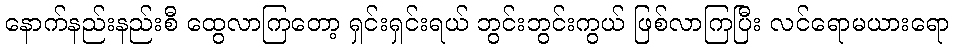
နောက်နည်းနည်းစီ ထွေလာကြတော့ ရှင်းရှင်းရယ် ဘွင်းဘွင်းကွယ် ဖြစ်လာကြပြီး လင်ရောမယားရော